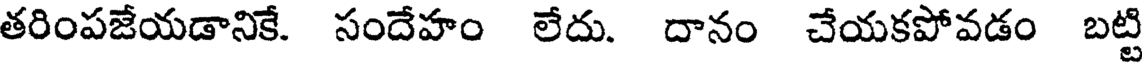
తరింపజేయడానికే. సందేహం లేదు. దానం చేయకపోవడం బట్టి